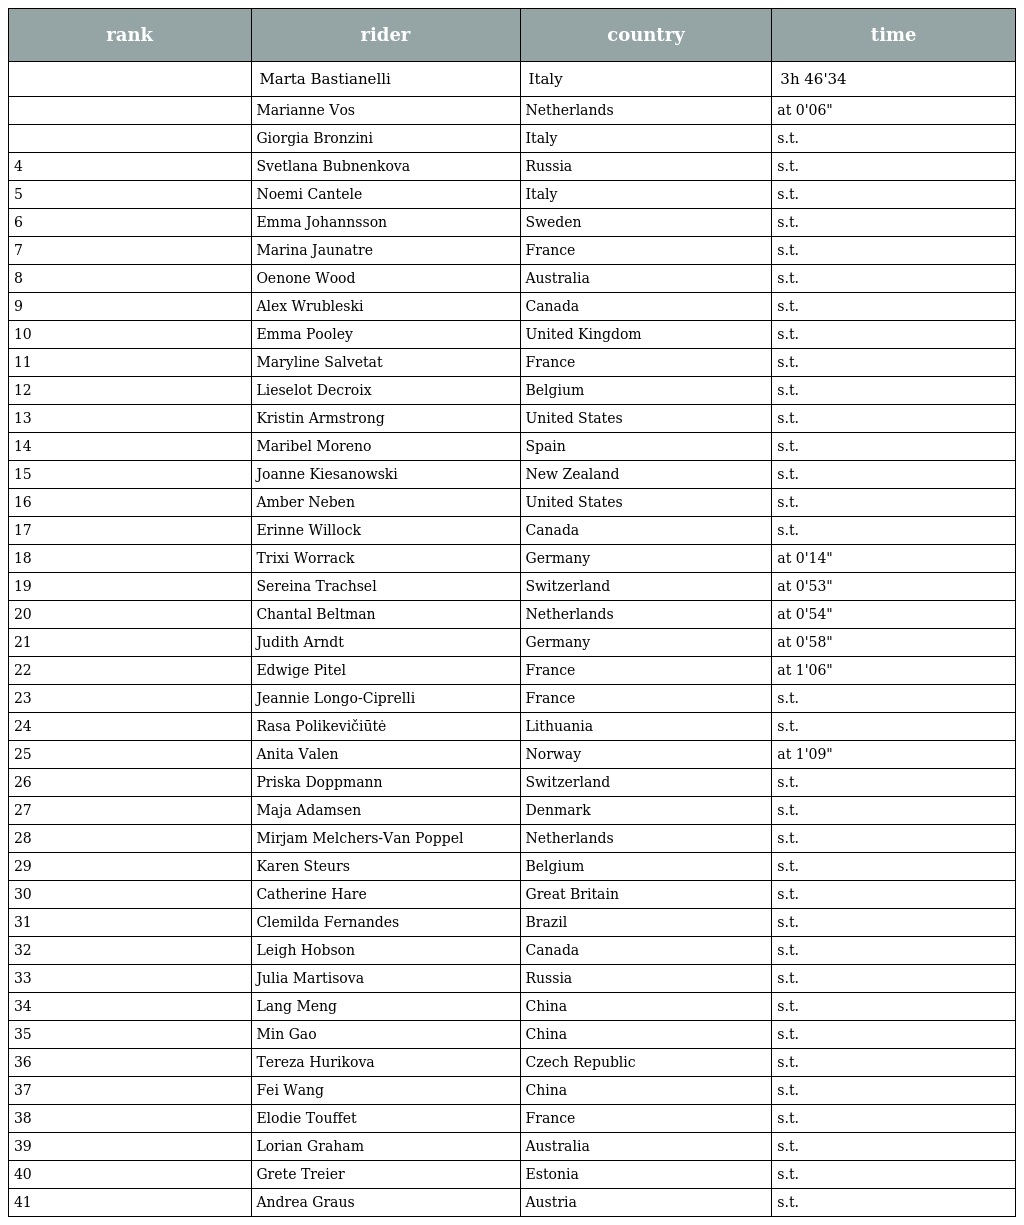
| rank | rider | country | time |
 | --- | --- | --- | --- |
 |  | Marta Bastianelli | Italy | 3h 46'34 |
 |  | Marianne Vos | Netherlands | at 0'06" |
 |  | Giorgia Bronzini | Italy | s.t. |
 | 4 | Svetlana Bubnenkova | Russia | s.t. |
 | 5 | Noemi Cantele | Italy | s.t. |
 | 6 | Emma Johannsson | Sweden | s.t. |
 | 7 | Marina Jaunatre | France | s.t. |
 | 8 | Oenone Wood | Australia | s.t. |
 | 9 | Alex Wrubleski | Canada | s.t. |
 | 10 | Emma Pooley | United Kingdom | s.t. |
 | 11 | Maryline Salvetat | France | s.t. |
 | 12 | Lieselot Decroix | Belgium | s.t. |
 | 13 | Kristin Armstrong | United States | s.t. |
 | 14 | Maribel Moreno | Spain | s.t. |
 | 15 | Joanne Kiesanowski | New Zealand | s.t. |
 | 16 | Amber Neben | United States | s.t. |
 | 17 | Erinne Willock | Canada | s.t. |
 | 18 | Trixi Worrack | Germany | at 0'14" |
 | 19 | Sereina Trachsel | Switzerland | at 0'53" |
 | 20 | Chantal Beltman | Netherlands | at 0'54" |
 | 21 | Judith Arndt | Germany | at 0'58" |
 | 22 | Edwige Pitel | France | at 1'06" |
 | 23 | Jeannie Longo-Ciprelli | France | s.t. |
 | 24 | Rasa Polikevičiūtė | Lithuania | s.t. |
 | 25 | Anita Valen | Norway | at 1'09" |
 | 26 | Priska Doppmann | Switzerland | s.t. |
 | 27 | Maja Adamsen | Denmark | s.t. |
 | 28 | Mirjam Melchers-Van Poppel | Netherlands | s.t. |
 | 29 | Karen Steurs | Belgium | s.t. |
 | 30 | Catherine Hare | Great Britain | s.t. |
 | 31 | Clemilda Fernandes | Brazil | s.t. |
 | 32 | Leigh Hobson | Canada | s.t. |
 | 33 | Julia Martisova | Russia | s.t. |
 | 34 | Lang Meng | China | s.t. |
 | 35 | Min Gao | China | s.t. |
 | 36 | Tereza Hurikova | Czech Republic | s.t. |
 | 37 | Fei Wang | China | s.t. |
 | 38 | Elodie Touffet | France | s.t. |
 | 39 | Lorian Graham | Australia | s.t. |
 | 40 | Grete Treier | Estonia | s.t. |
 | 41 | Andrea Graus | Austria | s.t. |